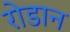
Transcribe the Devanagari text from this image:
रोडान